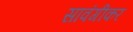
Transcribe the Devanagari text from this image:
सावंगीकर